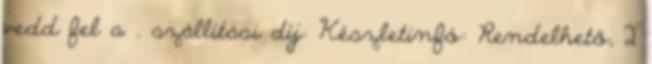
vedd fel a . szállítási díj: Készletinfó: Rendelhető, 2